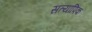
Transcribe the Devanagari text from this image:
सत्यापिक